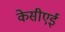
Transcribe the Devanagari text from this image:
केसीएई